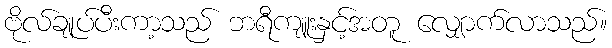
ဗိုလ်ချုပ်ပီးကာ့သည် ဘရီကျူးနှင့်အတူ လျှောက်လာသည်။